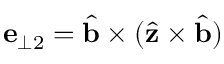
\mathbf { e } _ { \perp 2 } = \hat { \mathbf { b } } \times ( \hat { \mathbf { z } } \times \hat { \mathbf { b } } )